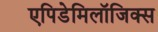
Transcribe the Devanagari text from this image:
एपिडेमिलॉजिक्स